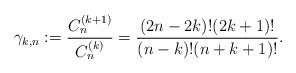
\begin{gather*} \gamma_{k,n}:= { C_{n}^{(k+1)} \over C_{n}^{(k)}} = {(2n-2k) ! (2k+1) !\over (n-k) ! (n+k+1) !}.\end{gather*}